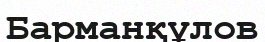
Барманқұлов